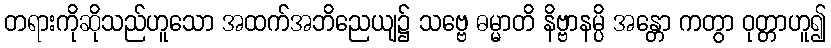
တရားကိုဆိုသည်ဟူသော အထက်အဘိညေယျ၌ သဗ္ဗေ ဓမ္မာတိ နိဗ္ဗာနမ္ပိ အန္တော ကတွာ ဝုတ္တာဟူ၍